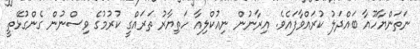
ނަތަންޔާހޫއާ ބައްދަލު ކުރައްވާފައެވެ. އިރާނުން ނިއުކްލިއާ ހަތިޔާރު ތަރައްގީ ކުރުމުގެ ވިސްނުން ގެންގުޅޭތީ